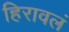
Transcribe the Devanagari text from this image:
हिरावलं